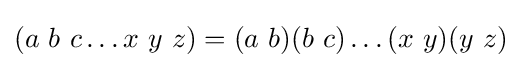
(a\ b\ c\dots x\ y\ z)=(a\ b)(b\ c)\dots (x\ y)(y\ z)